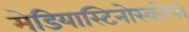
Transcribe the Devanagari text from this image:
मेडियास्टिनोस्कोपी